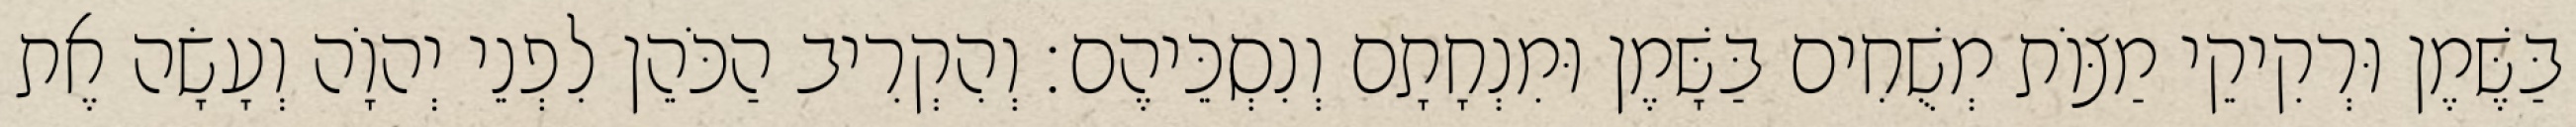
בַּשֶּׁמֶן וּרְקִיקֵי מַצּוֹת מְשֻׁחִים בַּשָּׁמֶן וּמִנְחָתָם וְנִסְכֵּיהֶם׃ וְהִקְרִיב הַכֹּהֵן לִפְנֵי יְהוָֹה וְעָשָׂה אֶת